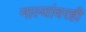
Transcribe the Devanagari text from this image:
नाल्यांवरही